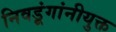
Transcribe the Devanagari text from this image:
निवडूंगांनीयुक्त